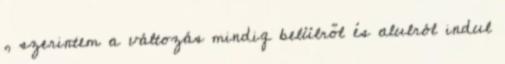
, szerintem a változás mindig belülről és alulról indul